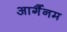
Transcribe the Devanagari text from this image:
आर्गैनम